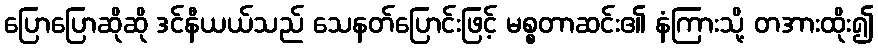
ပြောပြောဆိုဆို ဒင်နီယယ်သည် သေနတ်ပြောင်းဖြင့် မစ္စတာဆင်း၏ နံကြားသို့ တအားထိုး၍